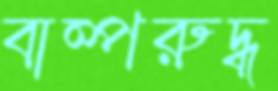
বাষ্পরুদ্ধ